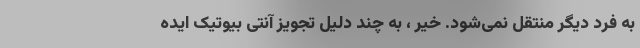
به فرد دیگر منتقل نمی‌شود. خیر ، به چند دلیل تجویز آنتی بیوتیک ایده